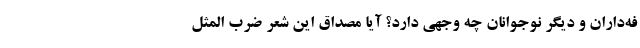
فه‌داران و دیگر نوجوانان چه وجهی دارد؟ آیا مصداق این شعر ضرب المثل